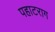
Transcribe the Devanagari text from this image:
पहाटराग